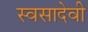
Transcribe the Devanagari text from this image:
स्वसादेवी